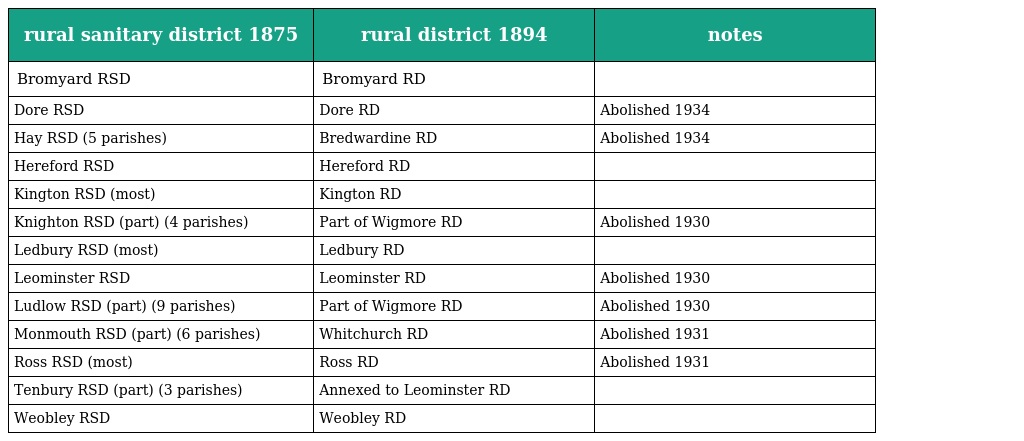
| rural sanitary district 1875 | rural district 1894 | notes |
 | --- | --- | --- |
 | Bromyard RSD | Bromyard RD |  |
 | Dore RSD | Dore RD | Abolished 1934 |
 | Hay RSD (5 parishes) | Bredwardine RD | Abolished 1934 |
 | Hereford RSD | Hereford RD |  |
 | Kington RSD (most) | Kington RD |  |
 | Knighton RSD (part) (4 parishes) | Part of Wigmore RD | Abolished 1930 |
 | Ledbury RSD (most) | Ledbury RD |  |
 | Leominster RSD | Leominster RD | Abolished 1930 |
 | Ludlow RSD (part) (9 parishes) | Part of Wigmore RD | Abolished 1930 |
 | Monmouth RSD (part) (6 parishes) | Whitchurch RD | Abolished 1931 |
 | Ross RSD (most) | Ross RD | Abolished 1931 |
 | Tenbury RSD (part) (3 parishes) | Annexed to Leominster RD |  |
 | Weobley RSD | Weobley RD |  |